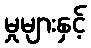
မှုများနှင့်